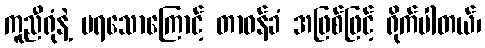
ကူညီရုံနဲ့ မရသောကြောင့် တာဝန်ခံ အဖြစ်ဖြင့် ရိုက်ပါတယ်၊